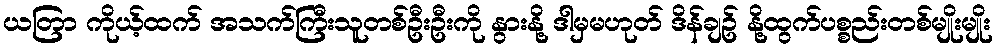
ယတြာ ကိုယ့်ထက် အသက်ကြီးသူတစ်ဦးဦးကို နွားနို့ ဒါမှမဟုတ် ဒိန်ချဥ် နို့ထွက်ပစ္စည်းတစ်မျိုးမျိုး